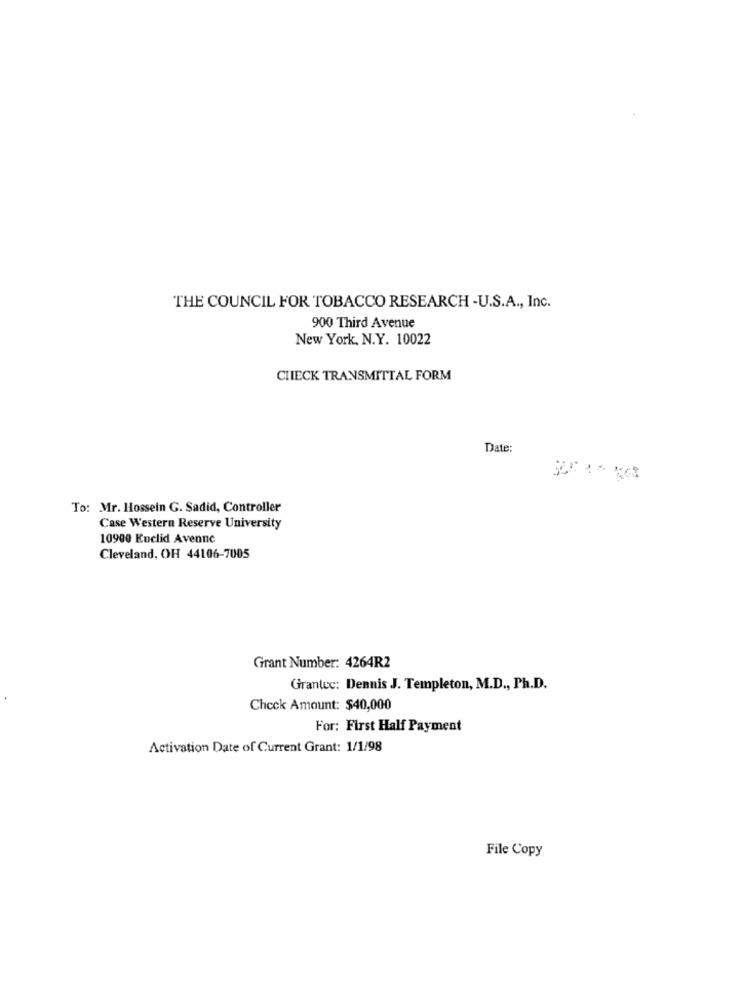
THE COUNCIL FOR TOBACCO RESEARCH -U.S.A ., Inc.
900 Third Avenue
New York, N.Y. 10022
CHECK TRANSMITTAL FORM
Date:
To: Mr. Hossein G. Sadid, Controller
Case Western Reserve University
10900 Euclid Avenne
Cleveland, OH 44106-7005
Grant Number: 4264R2
Grantec: Dennis J. Templeton, M.D ., Ph.D.
Check Amount: $40,000
For: First Half Payment
Activation Date of Current Grant: 1/1/98
File Copy